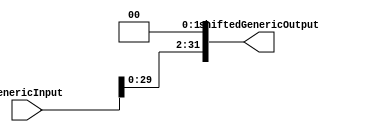
/*------------------------------------------------------------------ 
-- Haley Whitman & Andrew Hill
-- May 2016
-- CAES: Computer Architecture and Embedded Systems Laboratory
-- University of Oregon
-- Eugene, OR
-- 
--  
-- Filename: Shift_Left2.v
--
-----------------------------------------------------------------*/

module Shift_Left2(
		input[31:0] genericInput,
		output[31:0] shiftedGenericOutput
		);

assign shiftedGenericOutput = {genericInput[29:0], 2'b0};
//assign shiftedGenericOutput = genericInput << 2;

endmodule